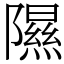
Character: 隰